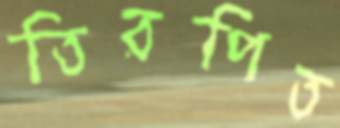
তিরপিত